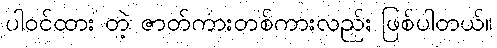
ပါဝင်ထား တဲ့ ဇာတ်ကားတစ်ကားလည်း ဖြစ်ပါတယ်။